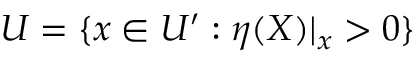
U = \{ x \in U ^ { \prime } : \eta ( X ) | _ { x } > 0 \}